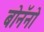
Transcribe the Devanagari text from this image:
बोनॅनो